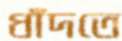
ধাঁদতে